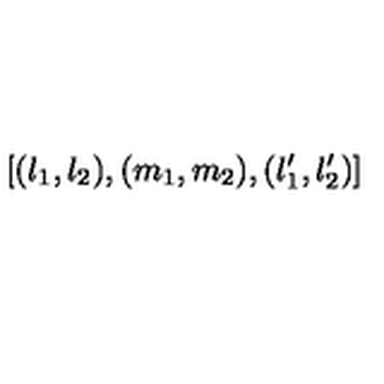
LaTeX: [ ( l _ { 1 } , l _ { 2 } ) , ( m _ { 1 } , m _ { 2 } ) , ( l _ { 1 } ^ { \prime } , l _ { 2 } ^ { \prime } ) ]